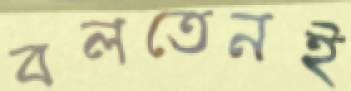
বলতেনই